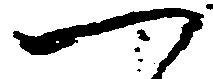
つ